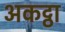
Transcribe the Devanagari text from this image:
अकट्ठा